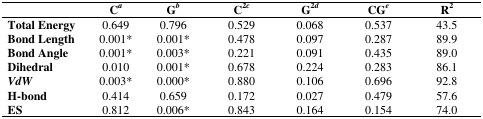
|  | Ca | Gb | C2c | G2d | CGe | R2 |
 | --- | --- | --- | --- | --- | --- | --- |
 | Total Energy | 0.649 | 0.796 | 0.529 | 0.068 | 0.537 | 43.5 |
 | Bond Length | 0.001* | 0.001* | 0.478 | 0.097 | 0.287 | 89.9 |
 | Bond Angle | 0.001* | 0.003* | 0.221 | 0.091 | 0.435 | 89.0 |
 | Dihedral | 0.010 | 0.001* | 0.678 | 0.224 | 0.283 | 86.1 |
 | VdW | 0.003* | 0.000* | 0.880 | 0.106 | 0.696 | 92.8 |
 | H-bond | 0.414 | 0.659 | 0.172 | 0.027 | 0.479 | 57.6 |
 | ES | 0.812 | 0.006* | 0.843 | 0.164 | 0.154 | 74.0 |